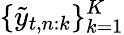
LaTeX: \{ \tilde{y}_{t,n:k}\} _{k=1}^{K}